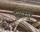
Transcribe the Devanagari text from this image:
रणसुर